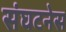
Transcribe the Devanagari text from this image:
संघटनेस